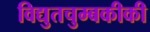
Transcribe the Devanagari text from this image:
विद्युतचुम्बकीकी